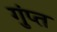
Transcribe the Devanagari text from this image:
गुंप्त